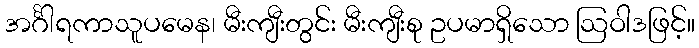
အင်္ဂါရကာသူပမေန၊ မီးကျီးတွင်း မီးကျီးစု ဥပမာရှိသော ဩဝါဒဖြင့်။